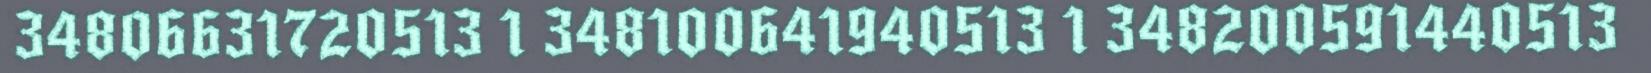
34806631720513 1 348100641940513 1 348200591440513